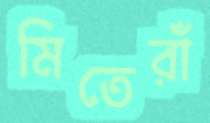
মিতেরাঁ